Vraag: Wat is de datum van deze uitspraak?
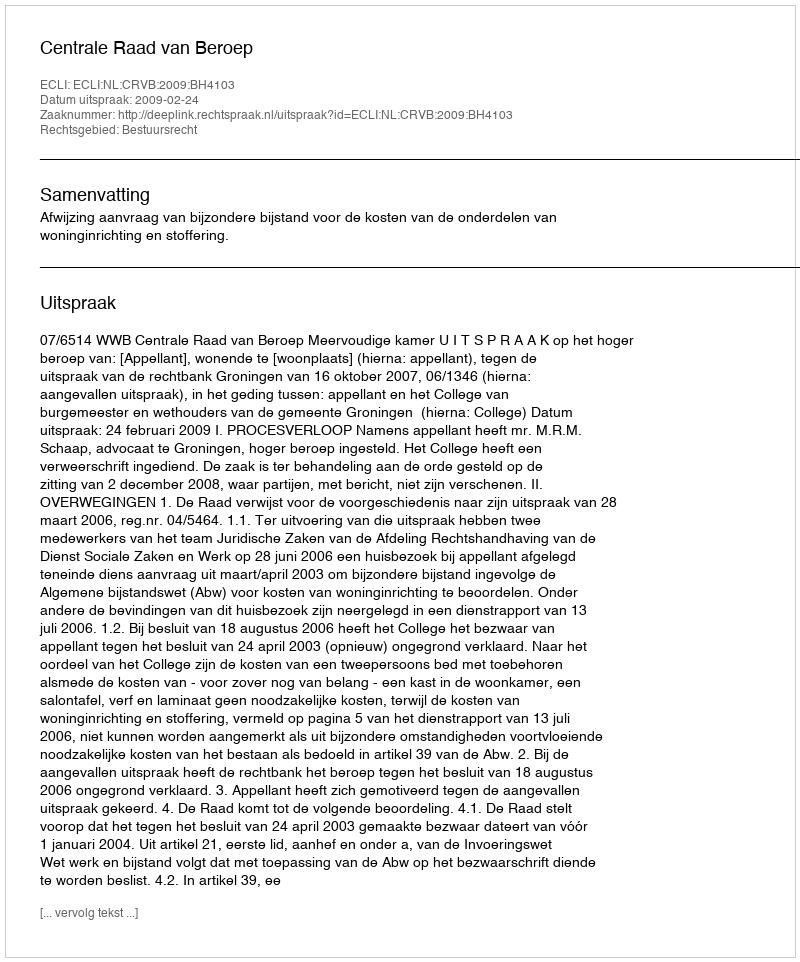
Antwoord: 2009-02-24